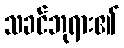
သခင်ဘုရား၏